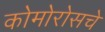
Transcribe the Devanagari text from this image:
कोमोरोसचे